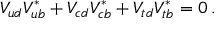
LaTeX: V _ { u d } V _ { u b } ^ { * } + V _ { c d } V _ { c b } ^ { * } + V _ { t d } V _ { t b } ^ { * } = 0 \, .